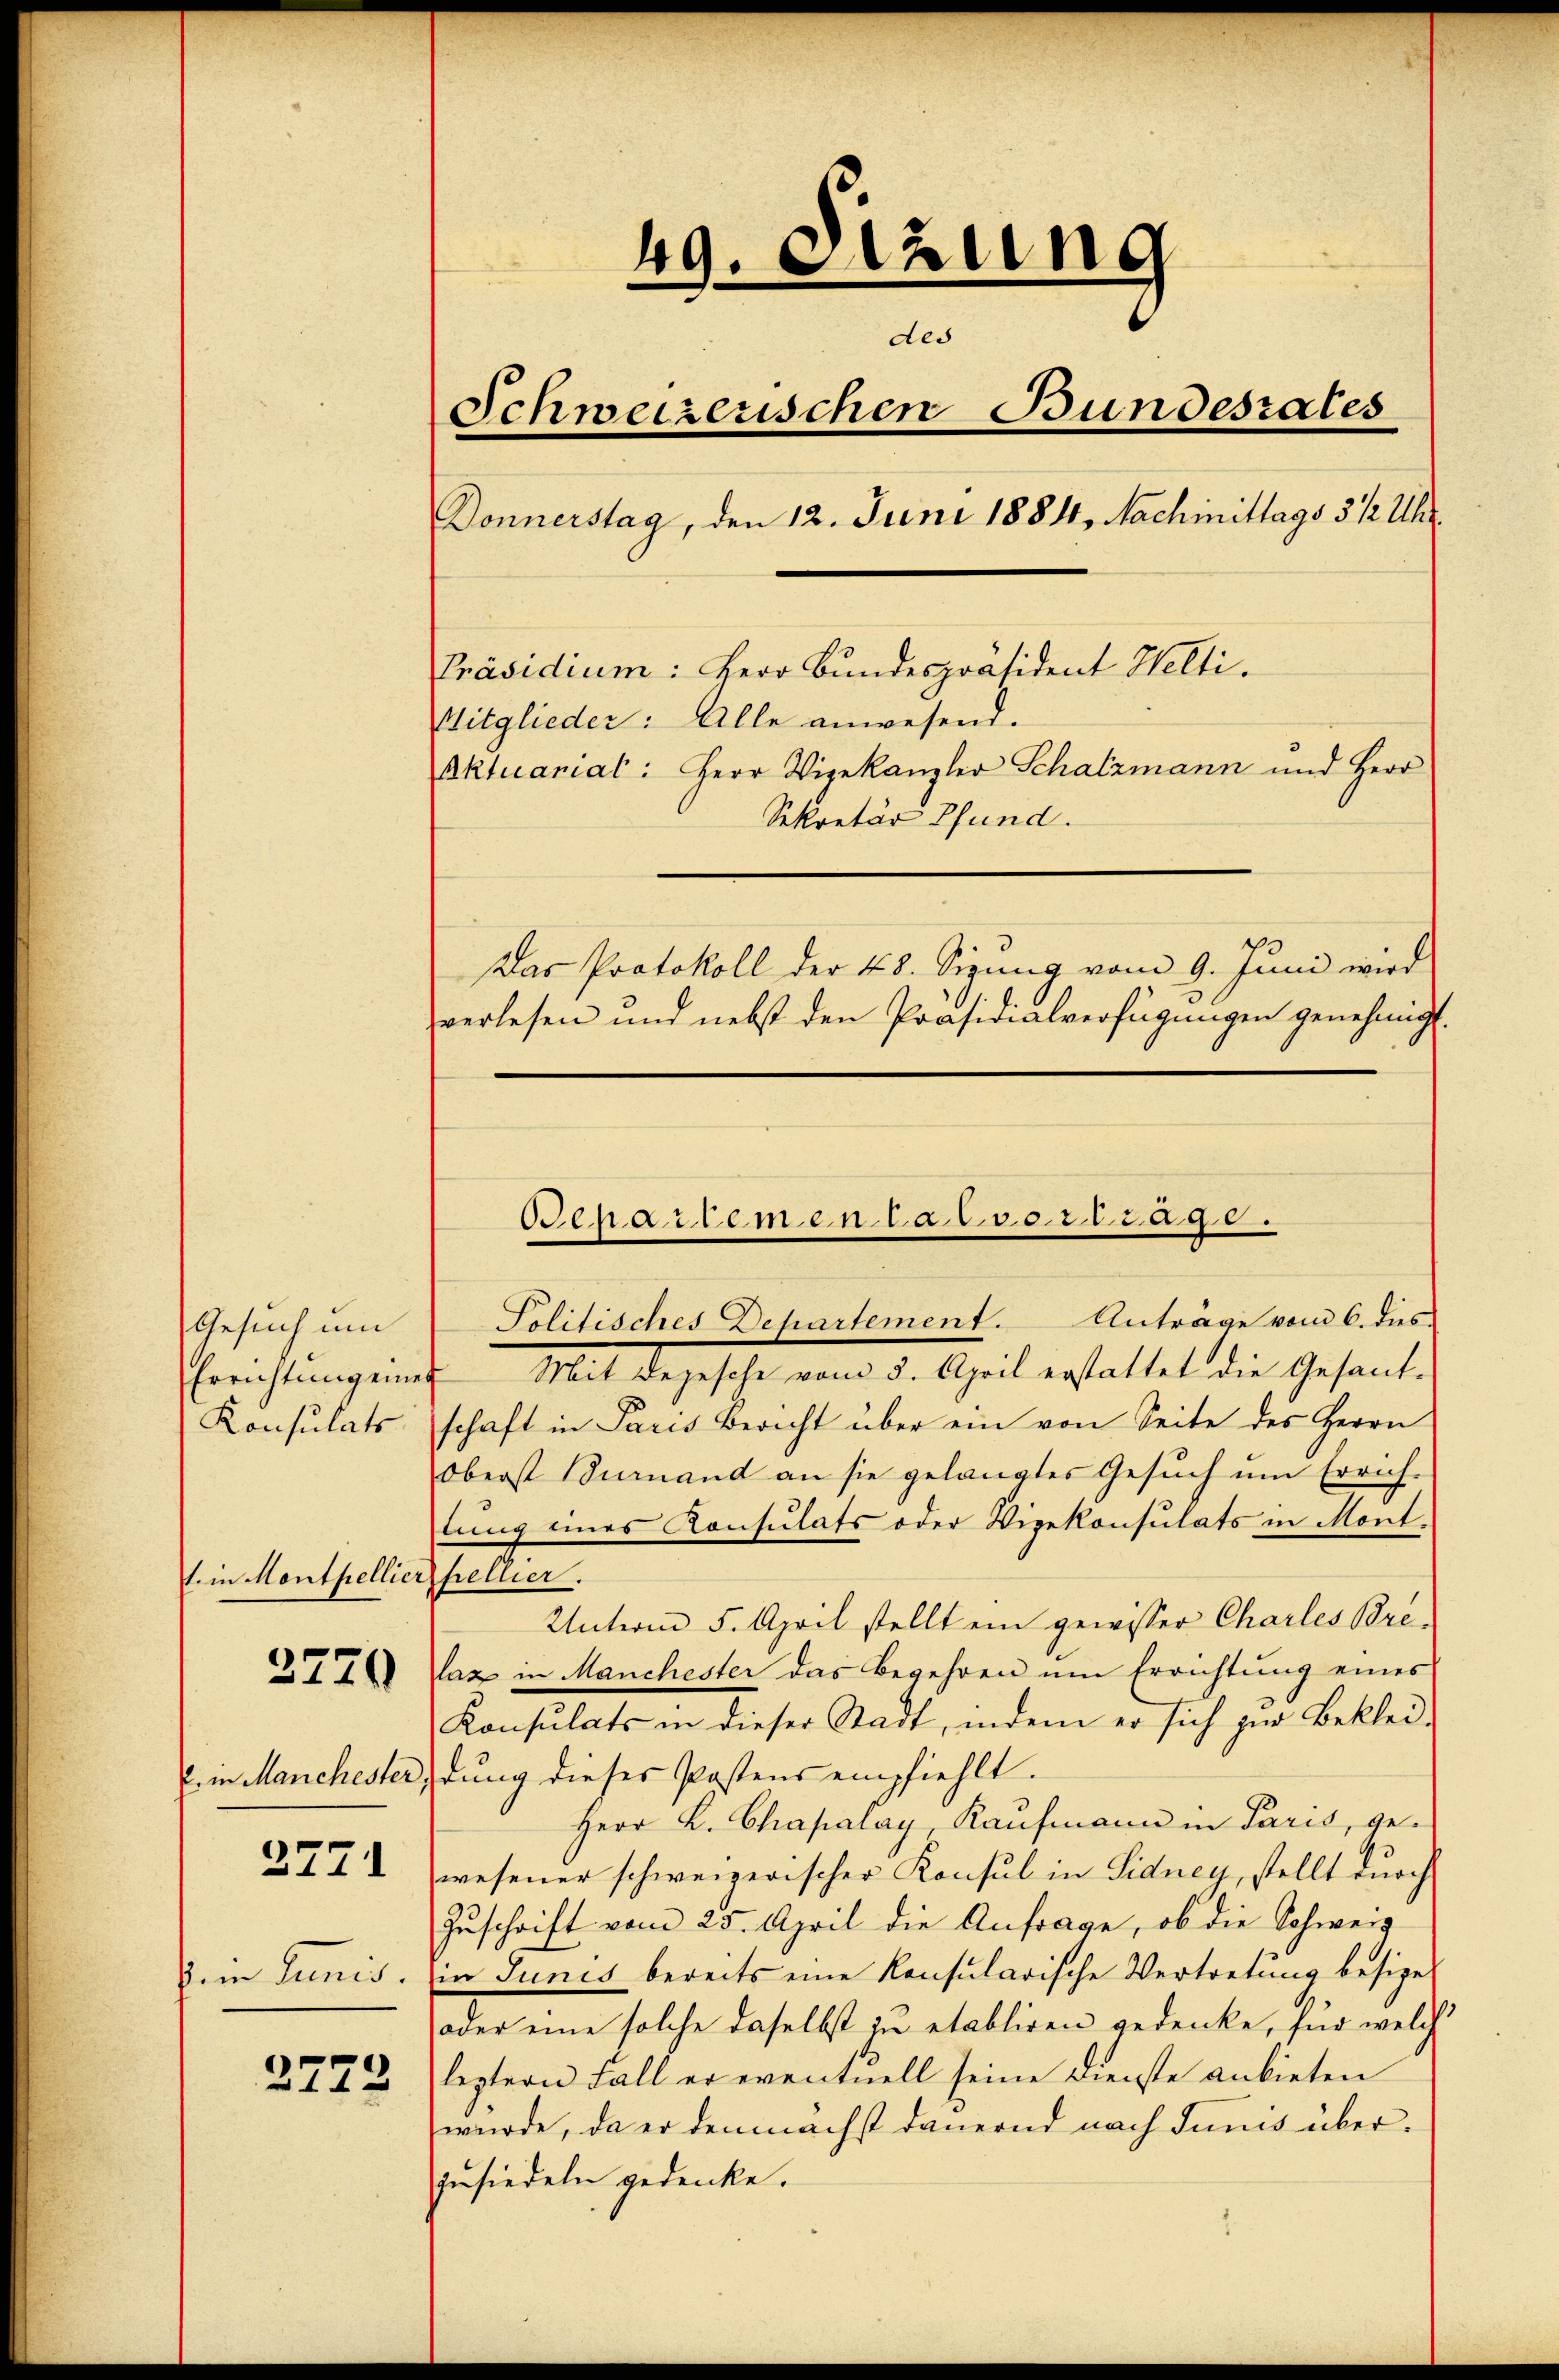
Gesuch um
Errichtung eines
Konsulats
1. in Monthellier,

3770

E. in Manchester,

3771

J. in Junis.

2773

49. Szung
des
Schweizerischen Bundesrates
Donnerstag, den 12. Juni 1884, Nachmittags 3 1/2 Uhr.
Präsidium: Herr Bundespräsident Welti.
Witglieder: Alle anwesen.
Aktuarial: Herr Vizekanzler Schatzmann und Herr
Sekretär Pfund.
Das Protokoll der 48. Sizung vom 9. Juni wird
verlesen und nebst den Präsidialverfügungen genehmigt.

Penartemen la d. 30 Tage.

Politisches Departement. Anträge vom 6. dies
Mit Depesche vom 3. April erstattet die Gesant-
schaft in Paris Bericht über ein von Seite des Herrn
Oberst durand an sie gelangtes Gesŭch ŭm Errich-
lung eines Konsulats oder Vizekonsulats in Mont.
hellier.
Unterm 5. April stellt ein gewisser Charles Brelaz in Manchester das Begehren ŭm Errichtŭng eines
Konsulats in dieser Stadt, indem er sich zur Beklei-
idung dieses Postens empfiehlt.
Herr K. Chapalay, Kaufmann in Paris, gewesener schweizerischer Konsul in Sidney, stellt durch
Zuschrift vom 25. April die Anfrage, ob die Schweiz
in Junis bereits eine Konsularische Vertretung besize
oder eine solche daselbst in etabliren gedenke, für welch
leztern Fall er eventuell seine Dienste anbieten
wurde, da er demnächst dauernd nach Junis überzusiedeln gedenke.